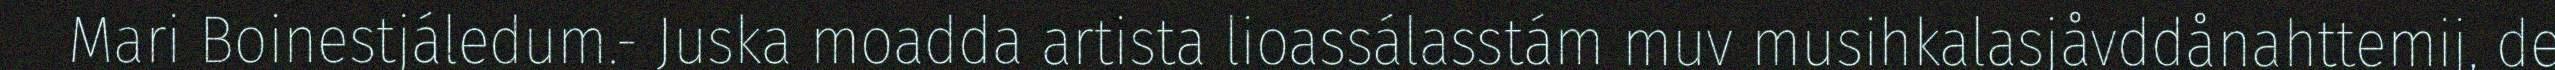
Mari Boinestjáledum.- Juska moadda artista lioassálasstám muv musihkalasjåvddånahttemij, de